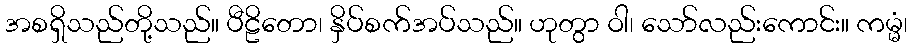
အစရှိသည်တို့သည်။ ပီဠိတော၊ နှိပ်စက်အပ်သည်။ ဟုတွာ ဝါ၊ သော်လည်းကောင်း။ ကမ္မံ၊